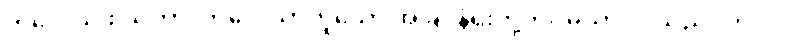
ကိလေသဖါသုကာ၊ ကိလေသာဟူသော အခြင်နံရိုးတို့ကို။ မယာ၊ ငါသည်။ ဘဂ္ဂါ၊